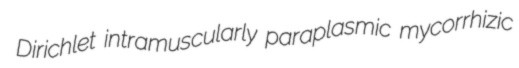
Dirichlet intramuscularly paraplasmic mycorrhizic